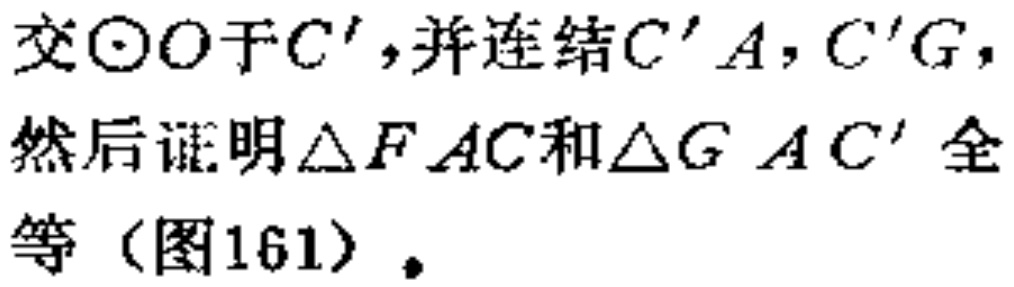
交\(\odot O\)于\(C'\)，并连结\(C'A\)，\(C'G\)，然后证明\(\triangle FAC\)和\(\triangle GAC'\)全等（图161）。